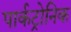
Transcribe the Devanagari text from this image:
पार्कट्रोनिक